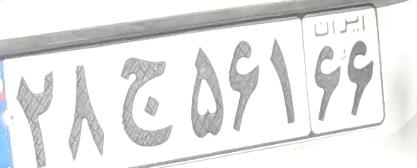
۲۸ج۵۶۱۶۶